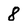
Character: 8